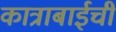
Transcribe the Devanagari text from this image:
कात्राबाईची